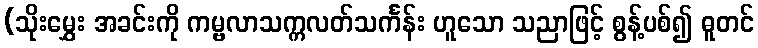
(သိုးမွှေး အခင်းကို ကမ္ဗလာသက္ကလတ်သင်္ကန်း ဟူသော သညာဖြင့် စွန့်ပစ်၍ ဓူတင်